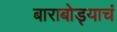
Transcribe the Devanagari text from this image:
बाराबोड्याचं